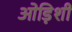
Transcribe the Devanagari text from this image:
ओड़िशी